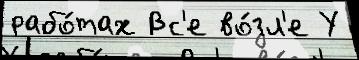
рабо́тах Вс'е во́зл'е У